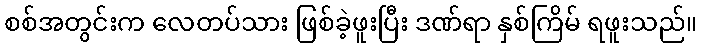
စစ်အတွင်းက လေတပ်သား ဖြစ်ခဲ့ဖူးပြီး ဒဏ်ရာ နှစ်ကြိမ် ရဖူးသည်။